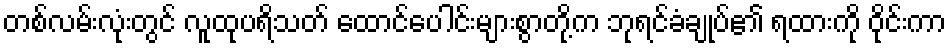
တစ်လမ်းလုံးတွင် လူထုပရိသတ် ထောင်ပေါင်းများစွာတို့က ဘုရင်ခံချုပ်၏ ရထားကို ဝိုင်းကာ